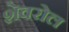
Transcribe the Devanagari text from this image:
शेवरोल